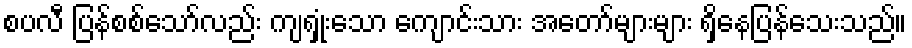
စပလီ ပြန်စစ်သော်လည်း ကျရှုံးသော ကျောင်းသား အတော်များများ ရှိနေပြန်သေးသည်။